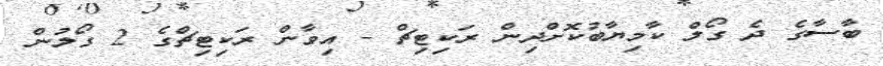
ބާސާގެ ދެ ގޯލް ކާމިޔާބުކޮށްދިން ރަކިޓިޗް - އިވާން ރަކިޓިޗްގެ 2 ގޯލުން